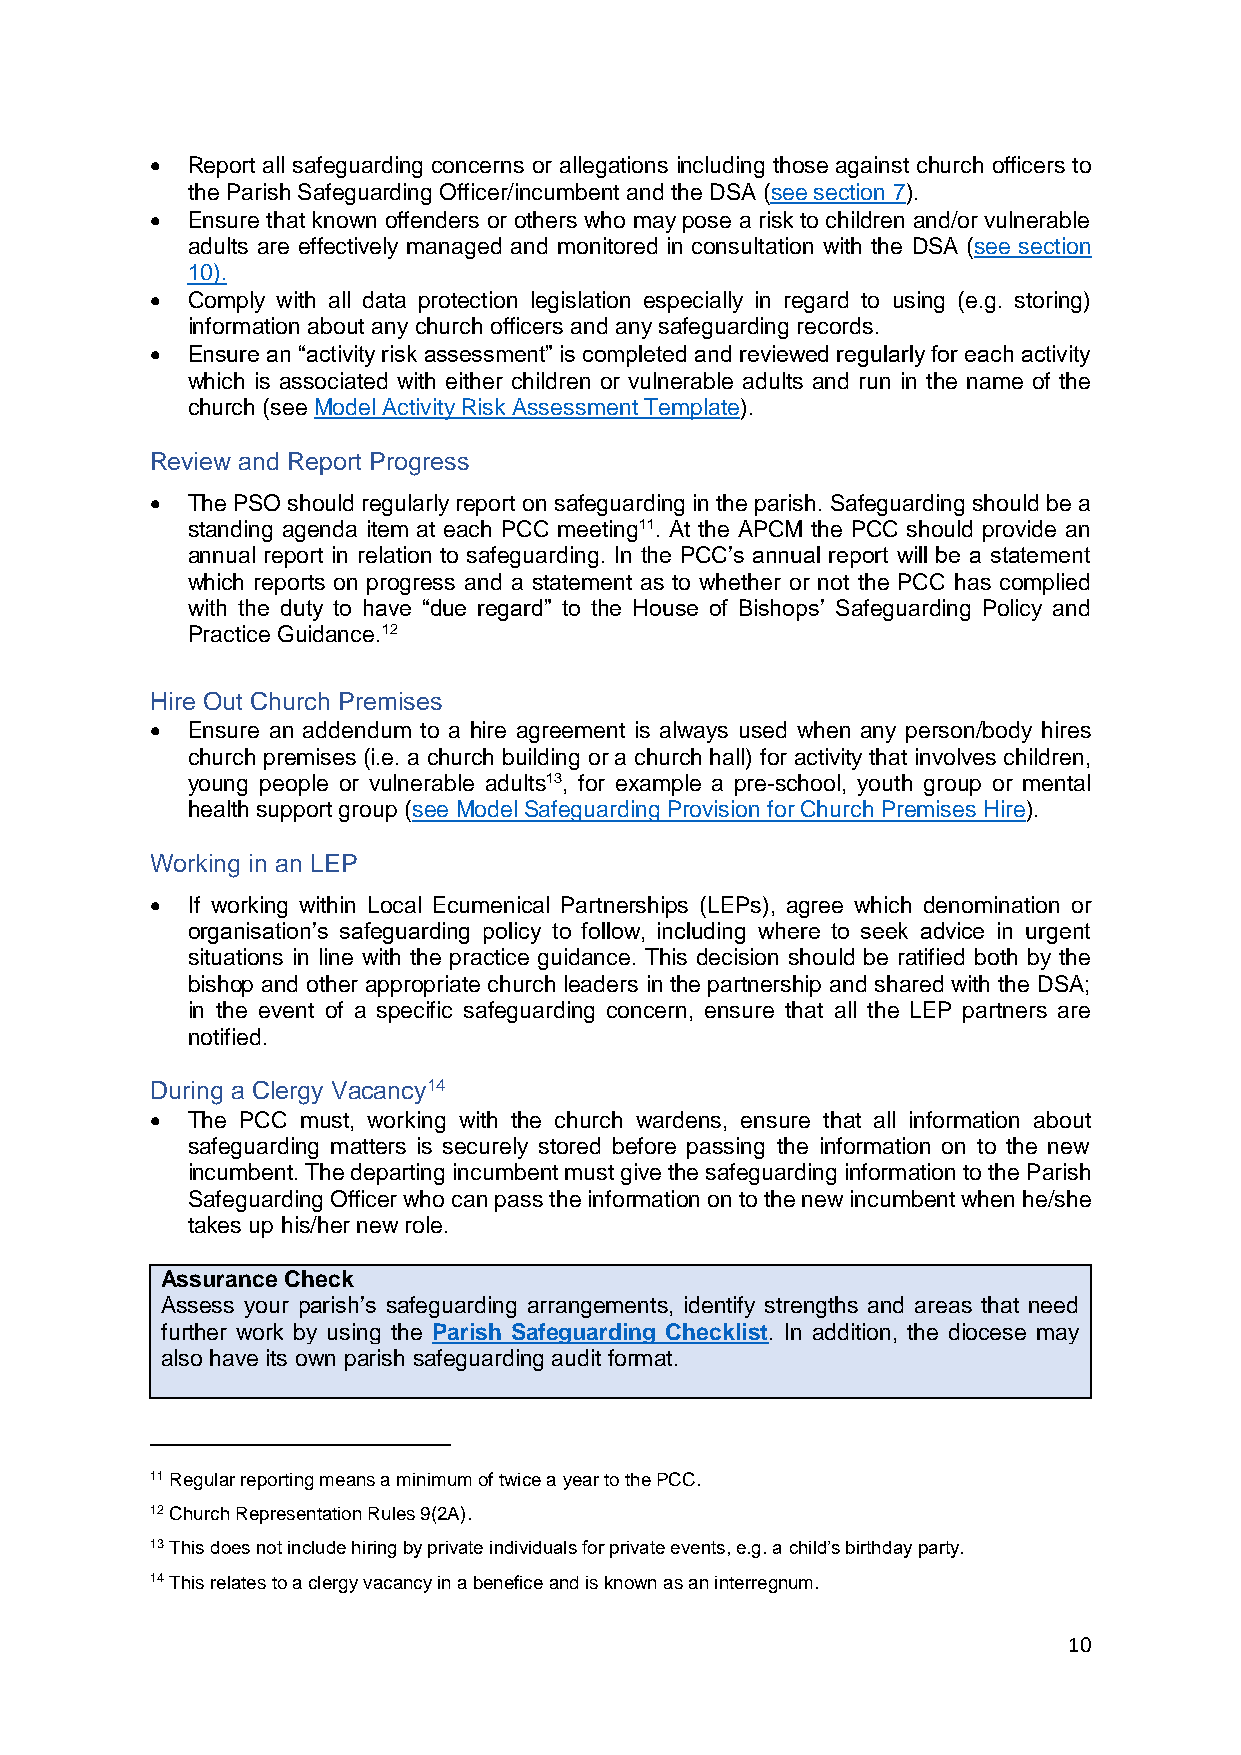
• Report all safeguarding concerns or allegations including those against church officers to
 the Parish Safeguarding Officer/incumbent and the DSA (see section 7).
 • Ensure that known offenders or others who may pose a risk to children and/or vulnerable
 adults are effectively managed and monitored in consultation with the DSA (see section
 10).
 • Comply with all data protection legislation especially in regard to using (e.g. storing)
 information about any church officers and any safeguarding records.
 • Ensure an “activity risk assessment” is completed and reviewed regularly for each activity
 which is associated with either children or vulnerable adults and run in the name of the
 church (see Model Activity Risk Assessment Template).
 Review and Report Progress
 • The PSO should regularly report on safeguarding in the parish. Safeguarding should be a
 standing agenda item at each PCC meeting11. At the APCM the PCC should provide an
 annual report in relation to safeguarding. In the PCC’s annual report will be a statement
 which reports on progress and a statement as to whether or not the PCC has complied
 with the duty to have “due regard” to the House of Bishops’ Safeguarding Policy and
 Practice Guidance.12
 Hire Out Church Premises
 • Ensure an addendum to a hire agreement is always used when any person/body hires
 church premises (i.e. a church building or a church hall) for activity that involves children,
 young people or vulnerable adults13, for example a pre-school, youth group or mental
 health support group (see Model Safeguarding Provision for Church Premises Hire).
 Working in an LEP
 • If working within Local Ecumenical Partnerships (LEPs), agree which denomination or
 organisation’s safeguarding policy to follow, including where to seek advice in urgent
 situations in line with the practice guidance. This decision should be ratified both by the
 bishop and other appropriate church leaders in the partnership and shared with the DSA;
 in the event of a specific safeguarding concern, ensure that all the LEP partners are
 notified.
 During a Clergy Vacancy14
 • The PCC must, working with the church wardens, ensure that all information about
 safeguarding matters is securely stored before passing the information on to the new
 incumbent. The departing incumbent must give the safeguarding information to the Parish
 Safeguarding Officer who can pass the information on to the new incumbent when he/she
 takes up his/her new role.
 Assurance Check
 Assess your parish’s safeguarding arrangements, identify strengths and areas that need
 further work by using the Parish Safeguarding Checklist. In addition, the diocese may
 also have its own parish safeguarding audit format.
 11 Regular reporting means a minimum of twice a year to the PCC.
 12 Church Representation Rules 9(2A).
 13 This does not include hiring by private individuals for private events, e.g. a child’s birthday party.
 14 This relates to a clergy vacancy in a benefice and is known as an interregnum.
 10